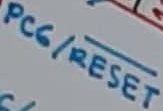
Text: PC6/RESET